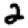
Digit: 2